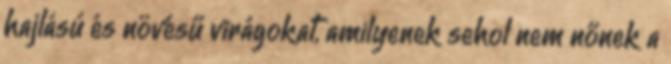
hajlású és növésű virágokat, amilyenek sehol nem nőnek a